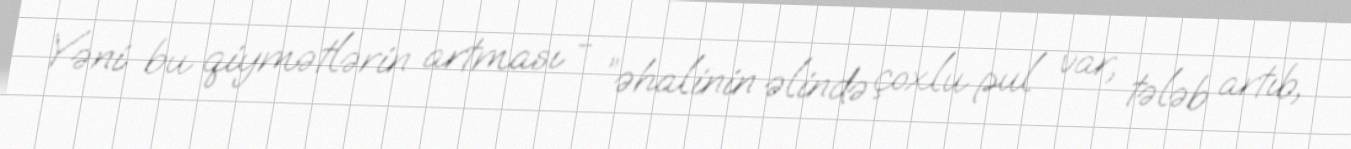
Yəni bu qiymətlərin artması - ”əhalinin əlində çoxlu pul var, tələb artıb,